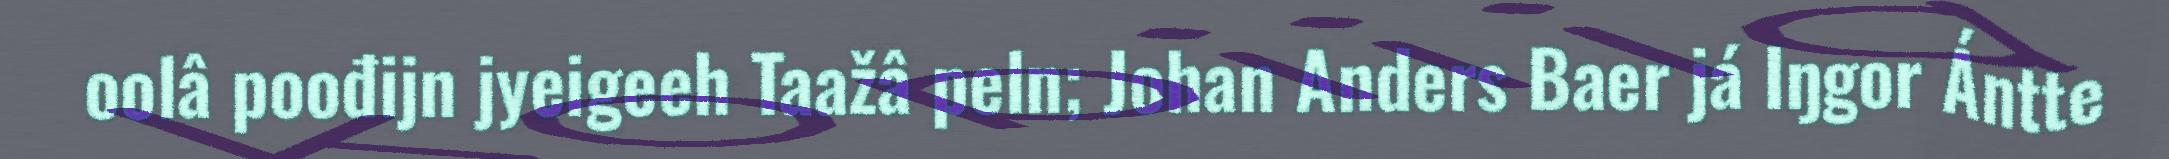
oolâ poođijn jyeigeeh Taažâ peln; Johan Anders Baer já Iŋgor Ántte